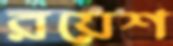
রয়েশ